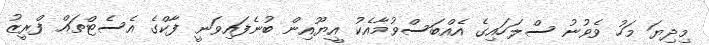
މިދިޔަ މަހު ވެވުނު ސްލަހައިގެ އެއްބަސްވުމާއެކު އީޔޫއިން ބުނެފައިވަނީ ފާކްގެ އެސެޓްތައް ފްރީޒު